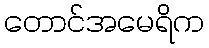
တောင်အမေရိက